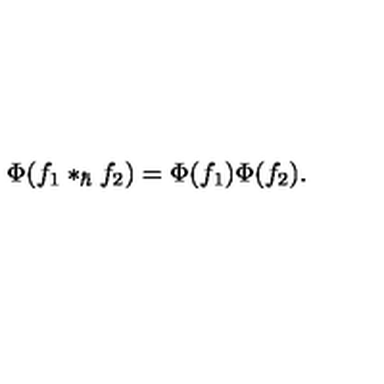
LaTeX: \Phi ( f _ { 1 } \ast _ { \hbar } f _ { 2 } ) = \Phi ( f _ { 1 } ) \Phi ( f _ { 2 } ) .